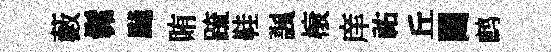
藪髴飇賄䟽鞋諷榱庠祐丘闉鹧